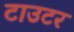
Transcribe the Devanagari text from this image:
टाउटर